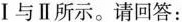
Ⅰ与Ⅱ所示。请回答：